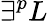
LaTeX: \exists^{p}L